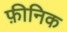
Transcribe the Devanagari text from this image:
फ़ीनिक